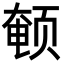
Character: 𬱨